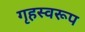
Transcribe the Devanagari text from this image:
गृहस्वरूप